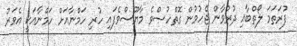
ފުރަތަމަ ލޯތްބާއި ދުރުވާން ޖެހުމުން ގޮތްހުސްވެ މާޔޫސްވެފައި ހުރި ހަމްނާއަށް ހަމްނާއަކީ އެވަރު